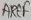
Text: AREF